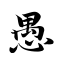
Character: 愚